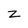
Character: z